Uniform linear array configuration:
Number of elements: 8
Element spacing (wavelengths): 1
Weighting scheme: hamming
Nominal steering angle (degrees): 30
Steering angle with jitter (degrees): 30.408
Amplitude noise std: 0.05
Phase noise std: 0.05

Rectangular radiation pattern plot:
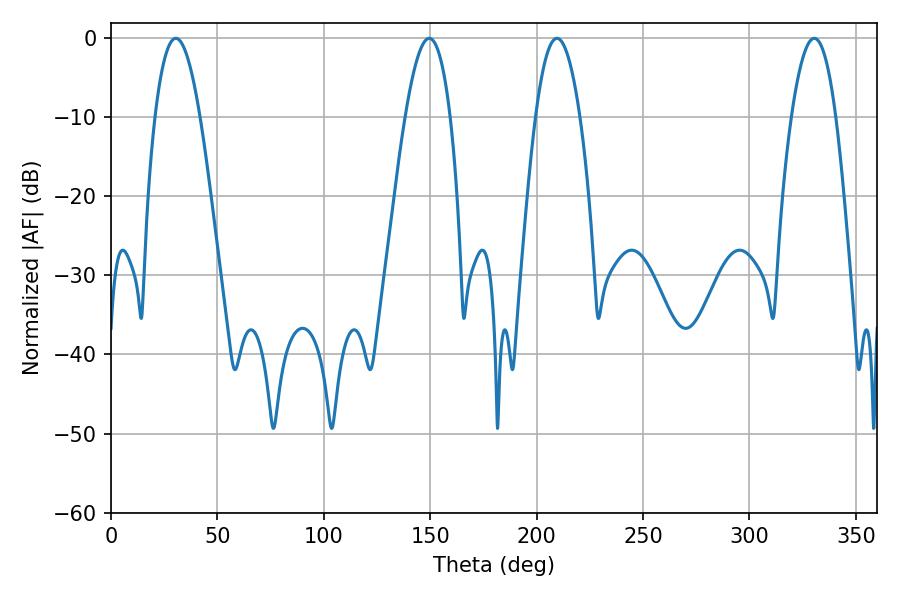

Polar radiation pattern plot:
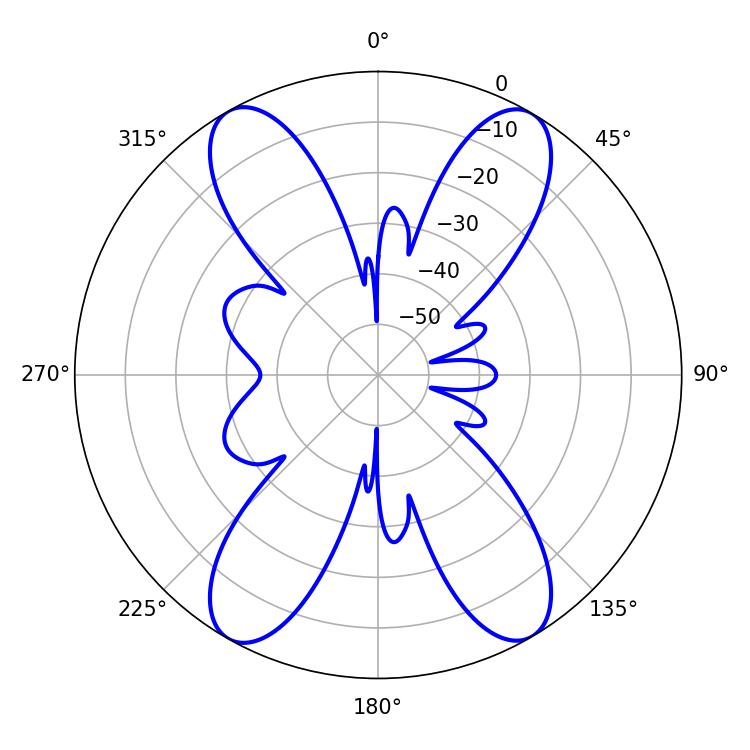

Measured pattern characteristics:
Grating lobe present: TRUE
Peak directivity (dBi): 23.246
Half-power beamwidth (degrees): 11.52
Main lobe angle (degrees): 209.52